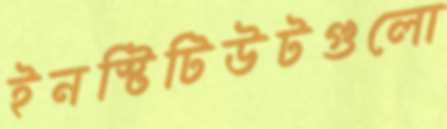
ইনস্টিটিউটগুলো